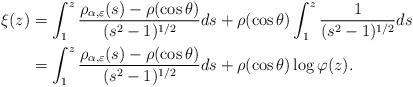
LaTeX: \begin{align*} \xi(z) & = \int_1^z \frac{\rho_{\alpha, \varepsilon}(s) - \rho(\cos \theta)}{ (s^2-1)^{1/2}} ds + \rho(\cos \theta) \int_1^z \frac{1}{(s^2-1)^{1/2}} ds \\& = \int_1^z \frac{\rho_{\alpha, \varepsilon}(s) - \rho(\cos \theta)}{ (s^2-1)^{1/2}} ds + \rho(\cos \theta) \log \varphi(z). \end{align*}